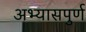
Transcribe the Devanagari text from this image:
अभ्यासपुर्ण